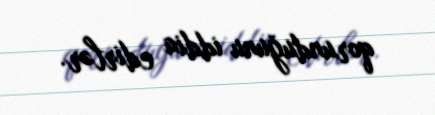
qorunduğunu iddia edirlər.